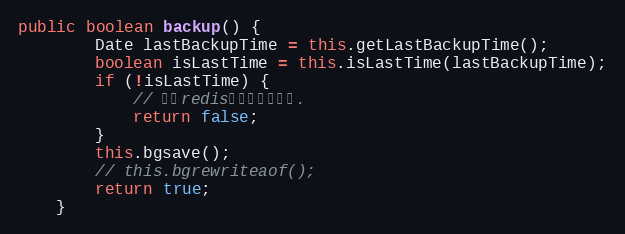
Language: Java
public boolean backup() {
		Date lastBackupTime = this.getLastBackupTime();
		boolean isLastTime = this.isLastTime(lastBackupTime);
		if (!isLastTime) {
			// 别的redis连接已经备份过.
			return false;
		}
		this.bgsave();
		// this.bgrewriteaof();
		return true;
	}